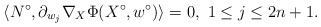
\begin{align*}\langle N^\circ, \partial_{w_j}\nabla_X \Phi (X^\circ,w^\circ)\rangle=0,\,\, 1\leq j\leq 2n+1.\end{align*}